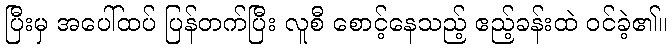
ပြီးမှ အပေါ်ထပ် ပြန်တက်ပြီး လူစီ စောင့်နေသည့် ဧည့်ခန်းထဲ ဝင်ခဲ့၏။